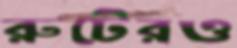
রুটেরও